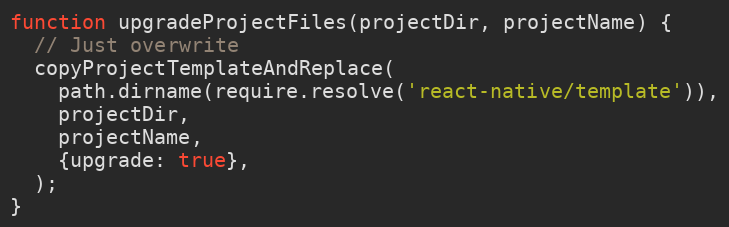
Language: JavaScript
function upgradeProjectFiles(projectDir, projectName) {
  // Just overwrite
  copyProjectTemplateAndReplace(
    path.dirname(require.resolve('react-native/template')),
    projectDir,
    projectName,
    {upgrade: true},
  );
}